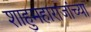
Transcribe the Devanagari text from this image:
शाहुमहाराजांच्या